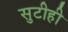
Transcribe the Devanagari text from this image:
सुटीही